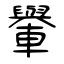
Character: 轝